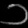
Digit: ၁